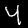
Digit: 4